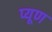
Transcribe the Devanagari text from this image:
प्यूण